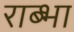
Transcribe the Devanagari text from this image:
राब्भा